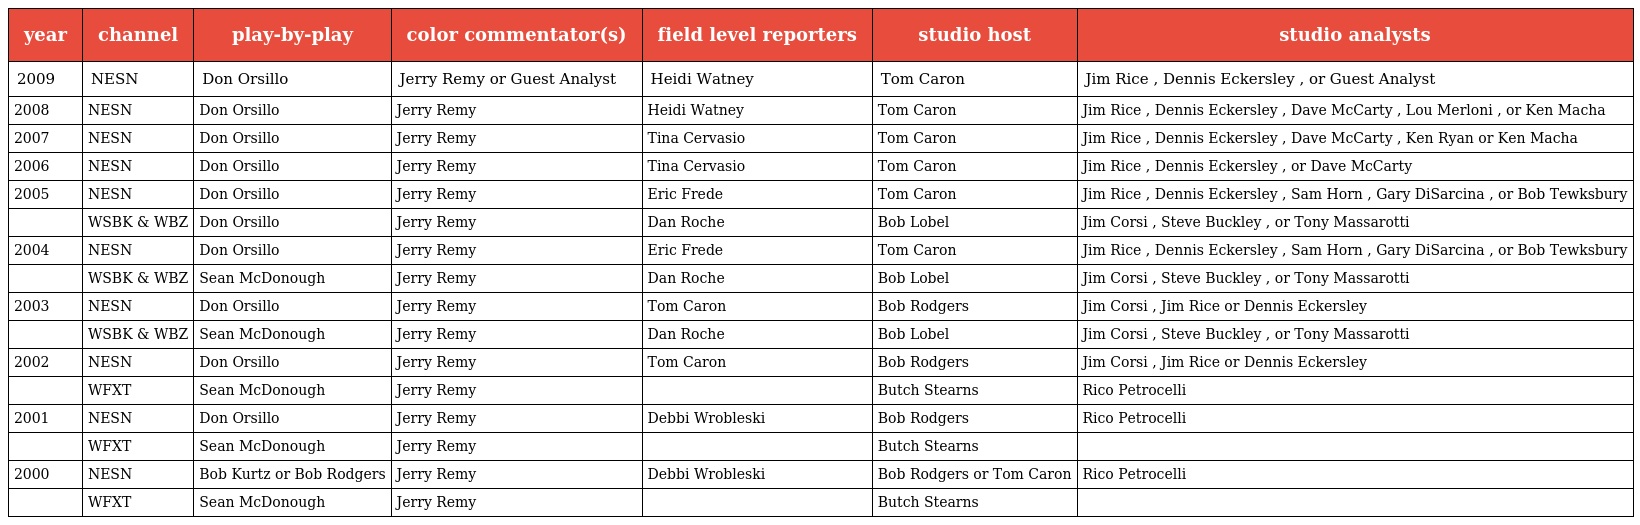
| year | channel | play-by-play | color commentator(s) | field level reporters | studio host | studio analysts |
 | --- | --- | --- | --- | --- | --- | --- |
 | 2009 | NESN | Don Orsillo | Jerry Remy or Guest Analyst | Heidi Watney | Tom Caron | Jim Rice , Dennis Eckersley , or Guest Analyst |
 | 2008 | NESN | Don Orsillo | Jerry Remy | Heidi Watney | Tom Caron | Jim Rice , Dennis Eckersley , Dave McCarty , Lou Merloni , or Ken Macha |
 | 2007 | NESN | Don Orsillo | Jerry Remy | Tina Cervasio | Tom Caron | Jim Rice , Dennis Eckersley , Dave McCarty , Ken Ryan or Ken Macha |
 | 2006 | NESN | Don Orsillo | Jerry Remy | Tina Cervasio | Tom Caron | Jim Rice , Dennis Eckersley , or Dave McCarty |
 | 2005 | NESN | Don Orsillo | Jerry Remy | Eric Frede | Tom Caron | Jim Rice , Dennis Eckersley , Sam Horn , Gary DiSarcina , or Bob Tewksbury |
 |  | WSBK & WBZ | Don Orsillo | Jerry Remy | Dan Roche | Bob Lobel | Jim Corsi , Steve Buckley , or Tony Massarotti |
 | 2004 | NESN | Don Orsillo | Jerry Remy | Eric Frede | Tom Caron | Jim Rice , Dennis Eckersley , Sam Horn , Gary DiSarcina , or Bob Tewksbury |
 |  | WSBK & WBZ | Sean McDonough | Jerry Remy | Dan Roche | Bob Lobel | Jim Corsi , Steve Buckley , or Tony Massarotti |
 | 2003 | NESN | Don Orsillo | Jerry Remy | Tom Caron | Bob Rodgers | Jim Corsi , Jim Rice or Dennis Eckersley |
 |  | WSBK & WBZ | Sean McDonough | Jerry Remy | Dan Roche | Bob Lobel | Jim Corsi , Steve Buckley , or Tony Massarotti |
 | 2002 | NESN | Don Orsillo | Jerry Remy | Tom Caron | Bob Rodgers | Jim Corsi , Jim Rice or Dennis Eckersley |
 |  | WFXT | Sean McDonough | Jerry Remy |  | Butch Stearns | Rico Petrocelli |
 | 2001 | NESN | Don Orsillo | Jerry Remy | Debbi Wrobleski | Bob Rodgers | Rico Petrocelli |
 |  | WFXT | Sean McDonough | Jerry Remy |  | Butch Stearns |  |
 | 2000 | NESN | Bob Kurtz or Bob Rodgers | Jerry Remy | Debbi Wrobleski | Bob Rodgers or Tom Caron | Rico Petrocelli |
 |  | WFXT | Sean McDonough | Jerry Remy |  | Butch Stearns |  |